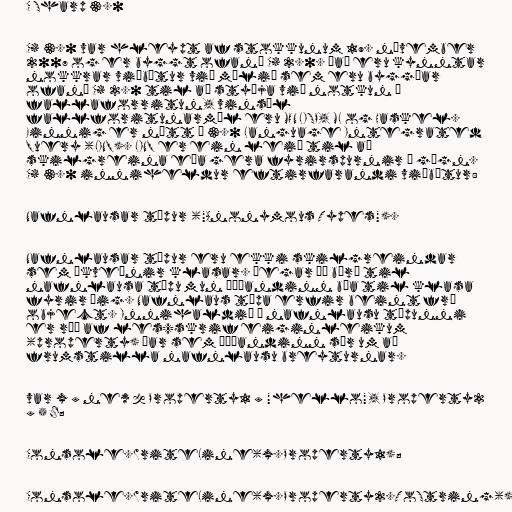
C Sharp 3.0

C# 3.0 var hleypt af stokkunum 19. nóvember
2007 og er byggt ofaná C# 2.0. Það eru kynntar
nokkrar viðbætur við málið sem eru byggðar
ofaná C# 2.0 til að styðja við notkun á
fallaforritun, vinsæl
fallforitunarmál eru MON LISP, ML og Haskel.
Einnig er nýtt í 3.0 Language Integrated
Query (LINQ). LINQ er ein leið til að
skilgreina eða gera fyrirspurnir á gögn.
C# 3.0 inniheldur eftirfarandi viðbætur:

Nafnlausar týpur ("Anonymous Types").

Nafnlausar týpur eru ekki skilgreindar
sem ákveðnir klasar. Þegar þú býrð til
nafnlausa týpu mun þýðandinn búa til klasa
fyrir þig. Nafnlaus týpa erfir beint frá
object. Innihaldið í nafnlausu týpunni
er röð af les/skrif eiginleikum
(property) þar sem þýðandinn sér um að
frumstilla nafnlausu breyturnar.

var x = new { Property1 = "hello", Property2
= 5 };

Console.WriteLine(x.Property1);

Console.WriteLine(x.Property2.ToString());